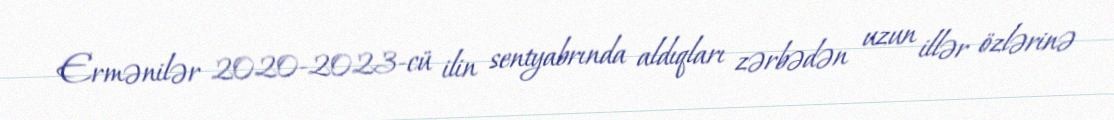
Ermənilər 2020-2023-cü ilin sentyabrında aldıqları zərbədən uzun illər özlərinə